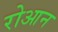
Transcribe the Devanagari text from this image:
रोआन